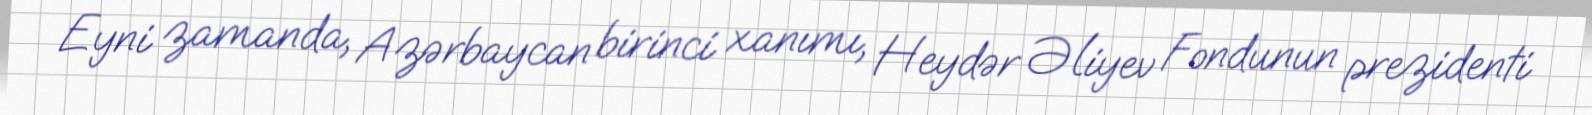
Eyni zamanda, Azərbaycan birinci xanımı, Heydər Əliyev Fondunun prezidenti